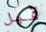
قبل